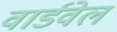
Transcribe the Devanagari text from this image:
वार्डवेल